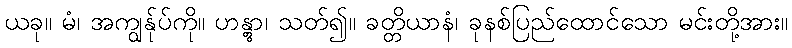
ယခု။ မံ၊ အကျွန်ုပ်ကို။ ဟန္တွာ၊ သတ်၍။ ခတ္တိယာနံ၊ ခုနစ်ပြည်ထောင်သော မင်းတို့အား။